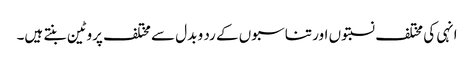
انہی کی مختلف نسبتوں اور تناسبوں کے رد و بدل سے مختلف پروٹین بنتے ہیں۔